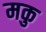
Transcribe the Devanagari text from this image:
मकु